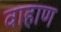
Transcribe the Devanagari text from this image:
वाहाण